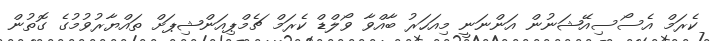
ކެރަމް އެސޯސިއޭޝަނުން އަންނަނީ މިއަހަރު ބާއްވާ ވޯލްޑް ކެރަމް ޗެމްޕިއަންޝިޕަށް ތައްޔާރުވުމުގެ ގޮތުން